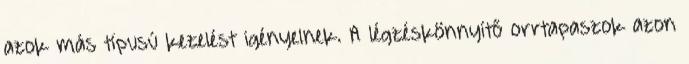
azok más típusú kezelést igényelnek. A légzéskönnyítő orrtapaszok azon